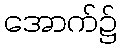
အောက်၌